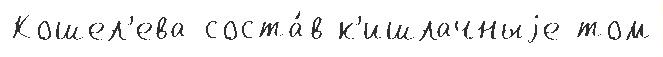
Кошел'ева соста́в к'ишлачныjе том